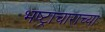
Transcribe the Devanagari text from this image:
भष्ट्राचाराच्या